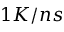
1 K / n s